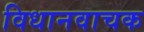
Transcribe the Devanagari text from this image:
विधानवाचक